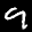
Label: 9